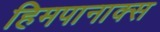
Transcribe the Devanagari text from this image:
हिमपानाक्स